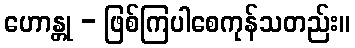
ဟောန္တု - ဖြစ်ကြပါစေကုန်သတည်း။